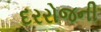
દરરોજની